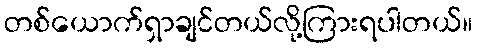
တစ်ယောက်ရှာချင်တယ်လို့ကြားရပါတယ်။